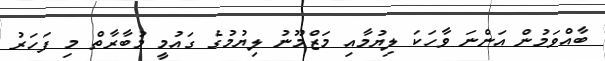
ބާއްވަމުން އަންނަ ވާހަކަ ލިޔުމާއި މަޒްމޫނު ލިޔުމުގެ ގައުމީ މުބާރާތް މި ފަހަރު